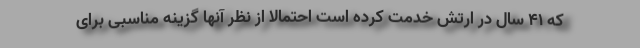
که ۴۱ سال در ارتش خدمت کرده است احتمالا از نظر آنها گزینه مناسبی برای